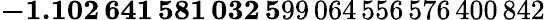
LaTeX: \mathbf{-1.102\, 641\, 581\, 032\, 5}99\, 064\, 556\, 576\, 400\, 842